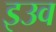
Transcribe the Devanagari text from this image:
इउव